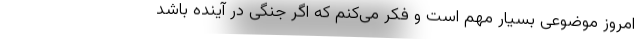
امروز موضوعی بسیار مهم است و فکر می‌کنم که اگر جنگی در آینده باشد